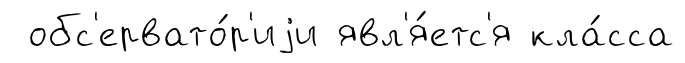
обс'ервато́р'иjи явл'я́етс'я кла́сса